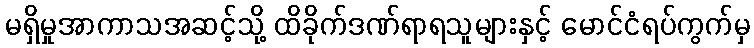
မရှိမှုအာကာသအဆင့်သို့ ထိခိုက်ဒဏ်ရာရသူများနှင့် မောင်ငံရပ်ကွက်မှ